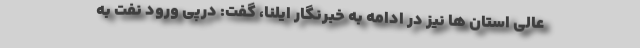
عالی استان ها نیز در ادامه به خبرنگار ایلنا، گفت: درپی ورود نفت به